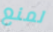
لمنع